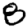
Digit: 8